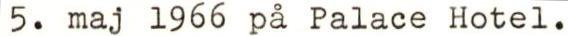
5. maj 1966 på Palace Hotel.